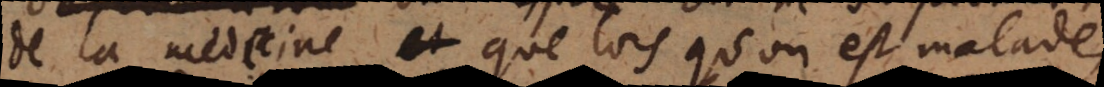
de la médecine que lors qu’on est malade,